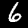
Label: 6